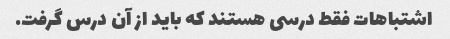
اشتباهات فقط درسی هستند که باید از آن درس گرفت.